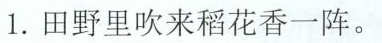
1.田野里吹来稻花香一阵。